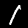
Label: 1